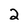
Character: 2